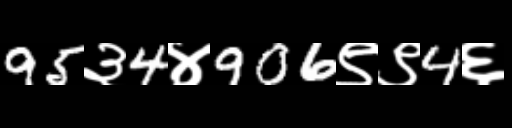
Text: 95३4४906९९4६